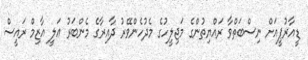
ޑީއާރުޕީއަށް ނިސްބަތްވާ ރައްޔިތުންގެ މަޖިލީހުގެ މެދުހެންވޭރު ދާއިރާގެ މެންބަރު ޢަލީ އާޒިމް ރައީސް